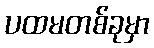
ပထမတစ်ခုမှာ